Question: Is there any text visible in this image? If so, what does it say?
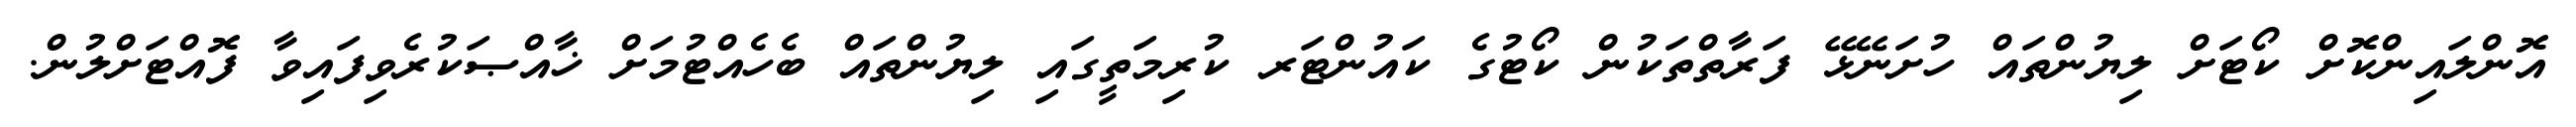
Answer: އޮންލައިންކޮށް ކޯޓަށް ލިޔުންތައް ހުށަނޭޅޭ ފަރާތްތަކުން ކޯޓުގެ ކައުންޓަރ ކުރިމަތީގައި ލިޔުންތައް ބެހެއްޓުމަށް ޚާއްޞަކުރެވިފައިވާ ފޮއްޓަށްލުން.